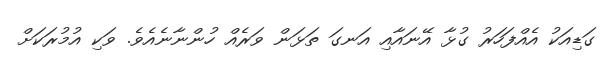
ގަޑިއަކު އެއްފަހަރު ގުޅާ އޭނައާއި އަނގަ ތަޅަން ވަރެއް ހުންނާނެއެވެ. ވަކި އުމުރަކަށް